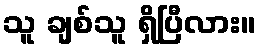
သူ ချစ်သူ ရှိပြီလား။